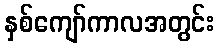
နှစ်ကျော်ကာလအတွင်း